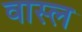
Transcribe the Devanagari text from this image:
वास्ल